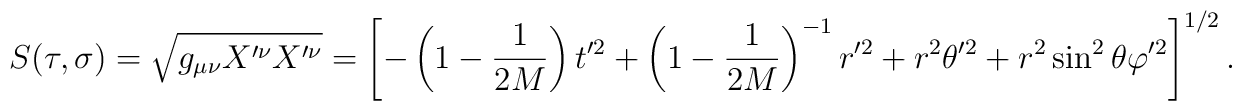
S(\tau,\sigma)= \sqrt{g_{\mu \nu}X^{\prime \nu}X^{\prime\nu}} = \left[-\left(1-\frac{1}{2M}\right)t^{\prime 2} + \left(1 -\frac{1}{2M}\right)^{-1}r^{\prime 2} + r^2 \theta^{\prime 2} + r^2 \sin^2{\theta} \varphi^{\prime 2}\right]^{1/2}   .